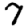
Digit: 7